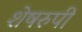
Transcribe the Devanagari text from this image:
शेषरुपी